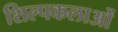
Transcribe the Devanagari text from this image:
शिल्पकलाओं